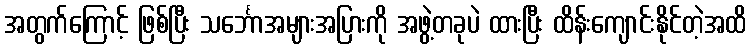
အတွက်ကြောင့် ဖြစ်ပြီး သင်္ဘောအများအပြားကို အဖွဲ့တခုပဲ ထားပြီး ထိန်းကျောင်းနိုင်တဲ့အထိ